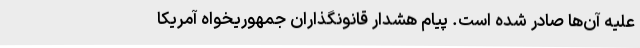
علیه آن‌ها صادر شده است. پیام هشدار قانونگذاران جمهوریخواه آمریکا